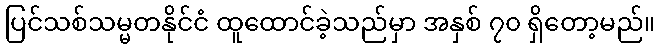
ပြင်သစ်သမ္မတနိုင်ငံ ထူထောင်ခဲ့သည်မှာ အနှစ် ၇၀ ရှိတော့မည်။